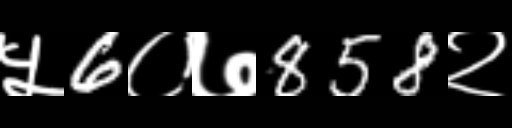
Text: ५6०७858२